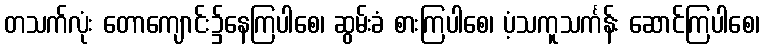
တသက်လုံး တောကျောင်း၌နေကြပါစေ၊ ဆွမ်းခံ စားကြပါစေ၊ ပံ့သကူသင်္ကန်း ဆောင်ကြပါစေ၊